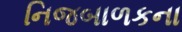
નિજબાળકના